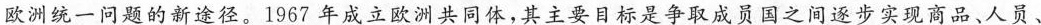
欧洲统一问题的新途径。1967年成立欧洲共同体，其主要目标是争取成员国之间逐步实现商品、人员、